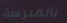
بالمدرسة